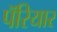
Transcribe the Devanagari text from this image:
पॅरियार